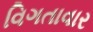
વિગતાવાર